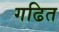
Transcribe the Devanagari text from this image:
गढित